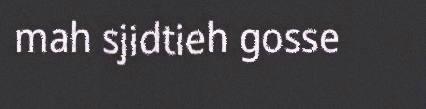
mah sjidtieh gosse